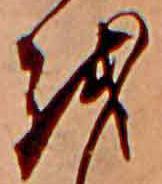
を